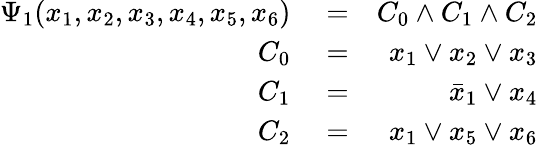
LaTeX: \begin{array}{rlr}{\Psi_{1}(x_{1},x_{2},x_{3},x_{4},x_{5},x_{6})}&{{}=}&{C_{0}\wedge C_{1}\wedge C_{2}}\\ {C_{0}}&{{}=}&{x_{1}\vee x_{2}\vee x_{3}}\\ {C_{1}}&{{}=}&{\bar{x}_{1}\vee x_{4}}\\ {C_{2}}&{{}=}&{x_{1}\vee x_{5}\vee x_{6}}\end{array}